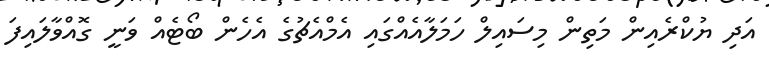
އަދި ޔުކްރެއިން މަތިން މިސައިލް ހަމަލާއެއްގައި އެމްއެޗުގެ އެހެން ބޯޓެއް ވަނީ ގޮއްވާލައިފަ